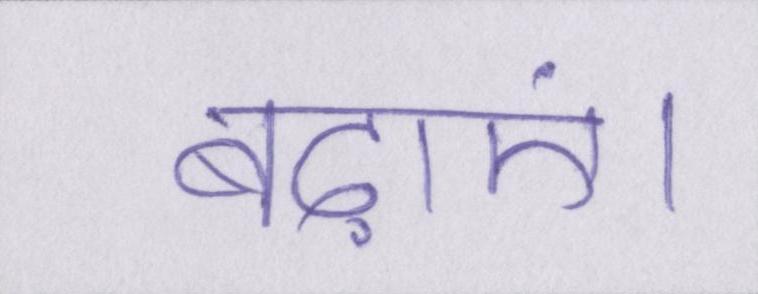
बढ़ाएं।